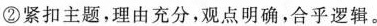
②紧扣主题，理由充分，观点明确，合乎逻辑。